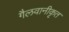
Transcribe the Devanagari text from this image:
गैलवानीकृत